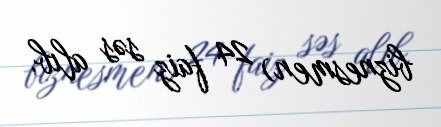
biznesmen) 24 faiz səs alıb.